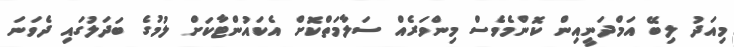
މިއަދު ލިބޭ އަމްދަނީއިން ކޮންމެވެސް މިންވަރެއް ސަލާމަތްކޮށް އެކައުންޓާކަށް ލުމުގެ ބަދަލުގައި ދެވަނަ